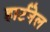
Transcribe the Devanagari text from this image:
हार्टनेल